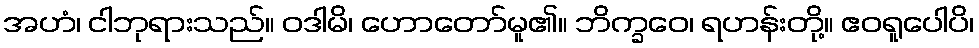
အဟံ၊ ငါဘုရားသည်။ ဝဒါမိ၊ ဟောတော်မူ၏။ ဘိက္ခဝေ၊ ရဟန်းတို့။ ဧဝရူပေါပိ၊